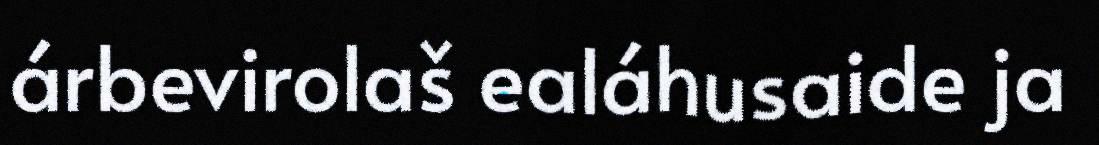
árbevirolaš ealáhusaide ja